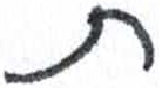
אות: ת